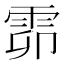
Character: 𩂞